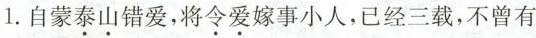
1.自蒙\underset{·}{泰}\underset{·}{山}错爱，将\underset{·}{令}\underset{·}{爱}嫁事小人，已经三载，不曾有